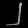
Digit: ၂